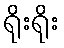
ရိုးရိုး